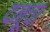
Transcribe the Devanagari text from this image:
दनूचा